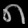
Digit: ၈